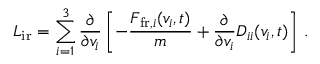
\boldsymbol { L } _ { \mathrm { i r } } = \sum _ { i = 1 } ^ { 3 } \frac { \partial } { \partial v _ { i } } \left[ - \frac { F _ { \mathrm { f r } , i } ( v _ { i } , t ) } { m } + \frac { \partial } { \partial v _ { i } } D _ { i i } ( v _ { i } , t ) \right] \, .